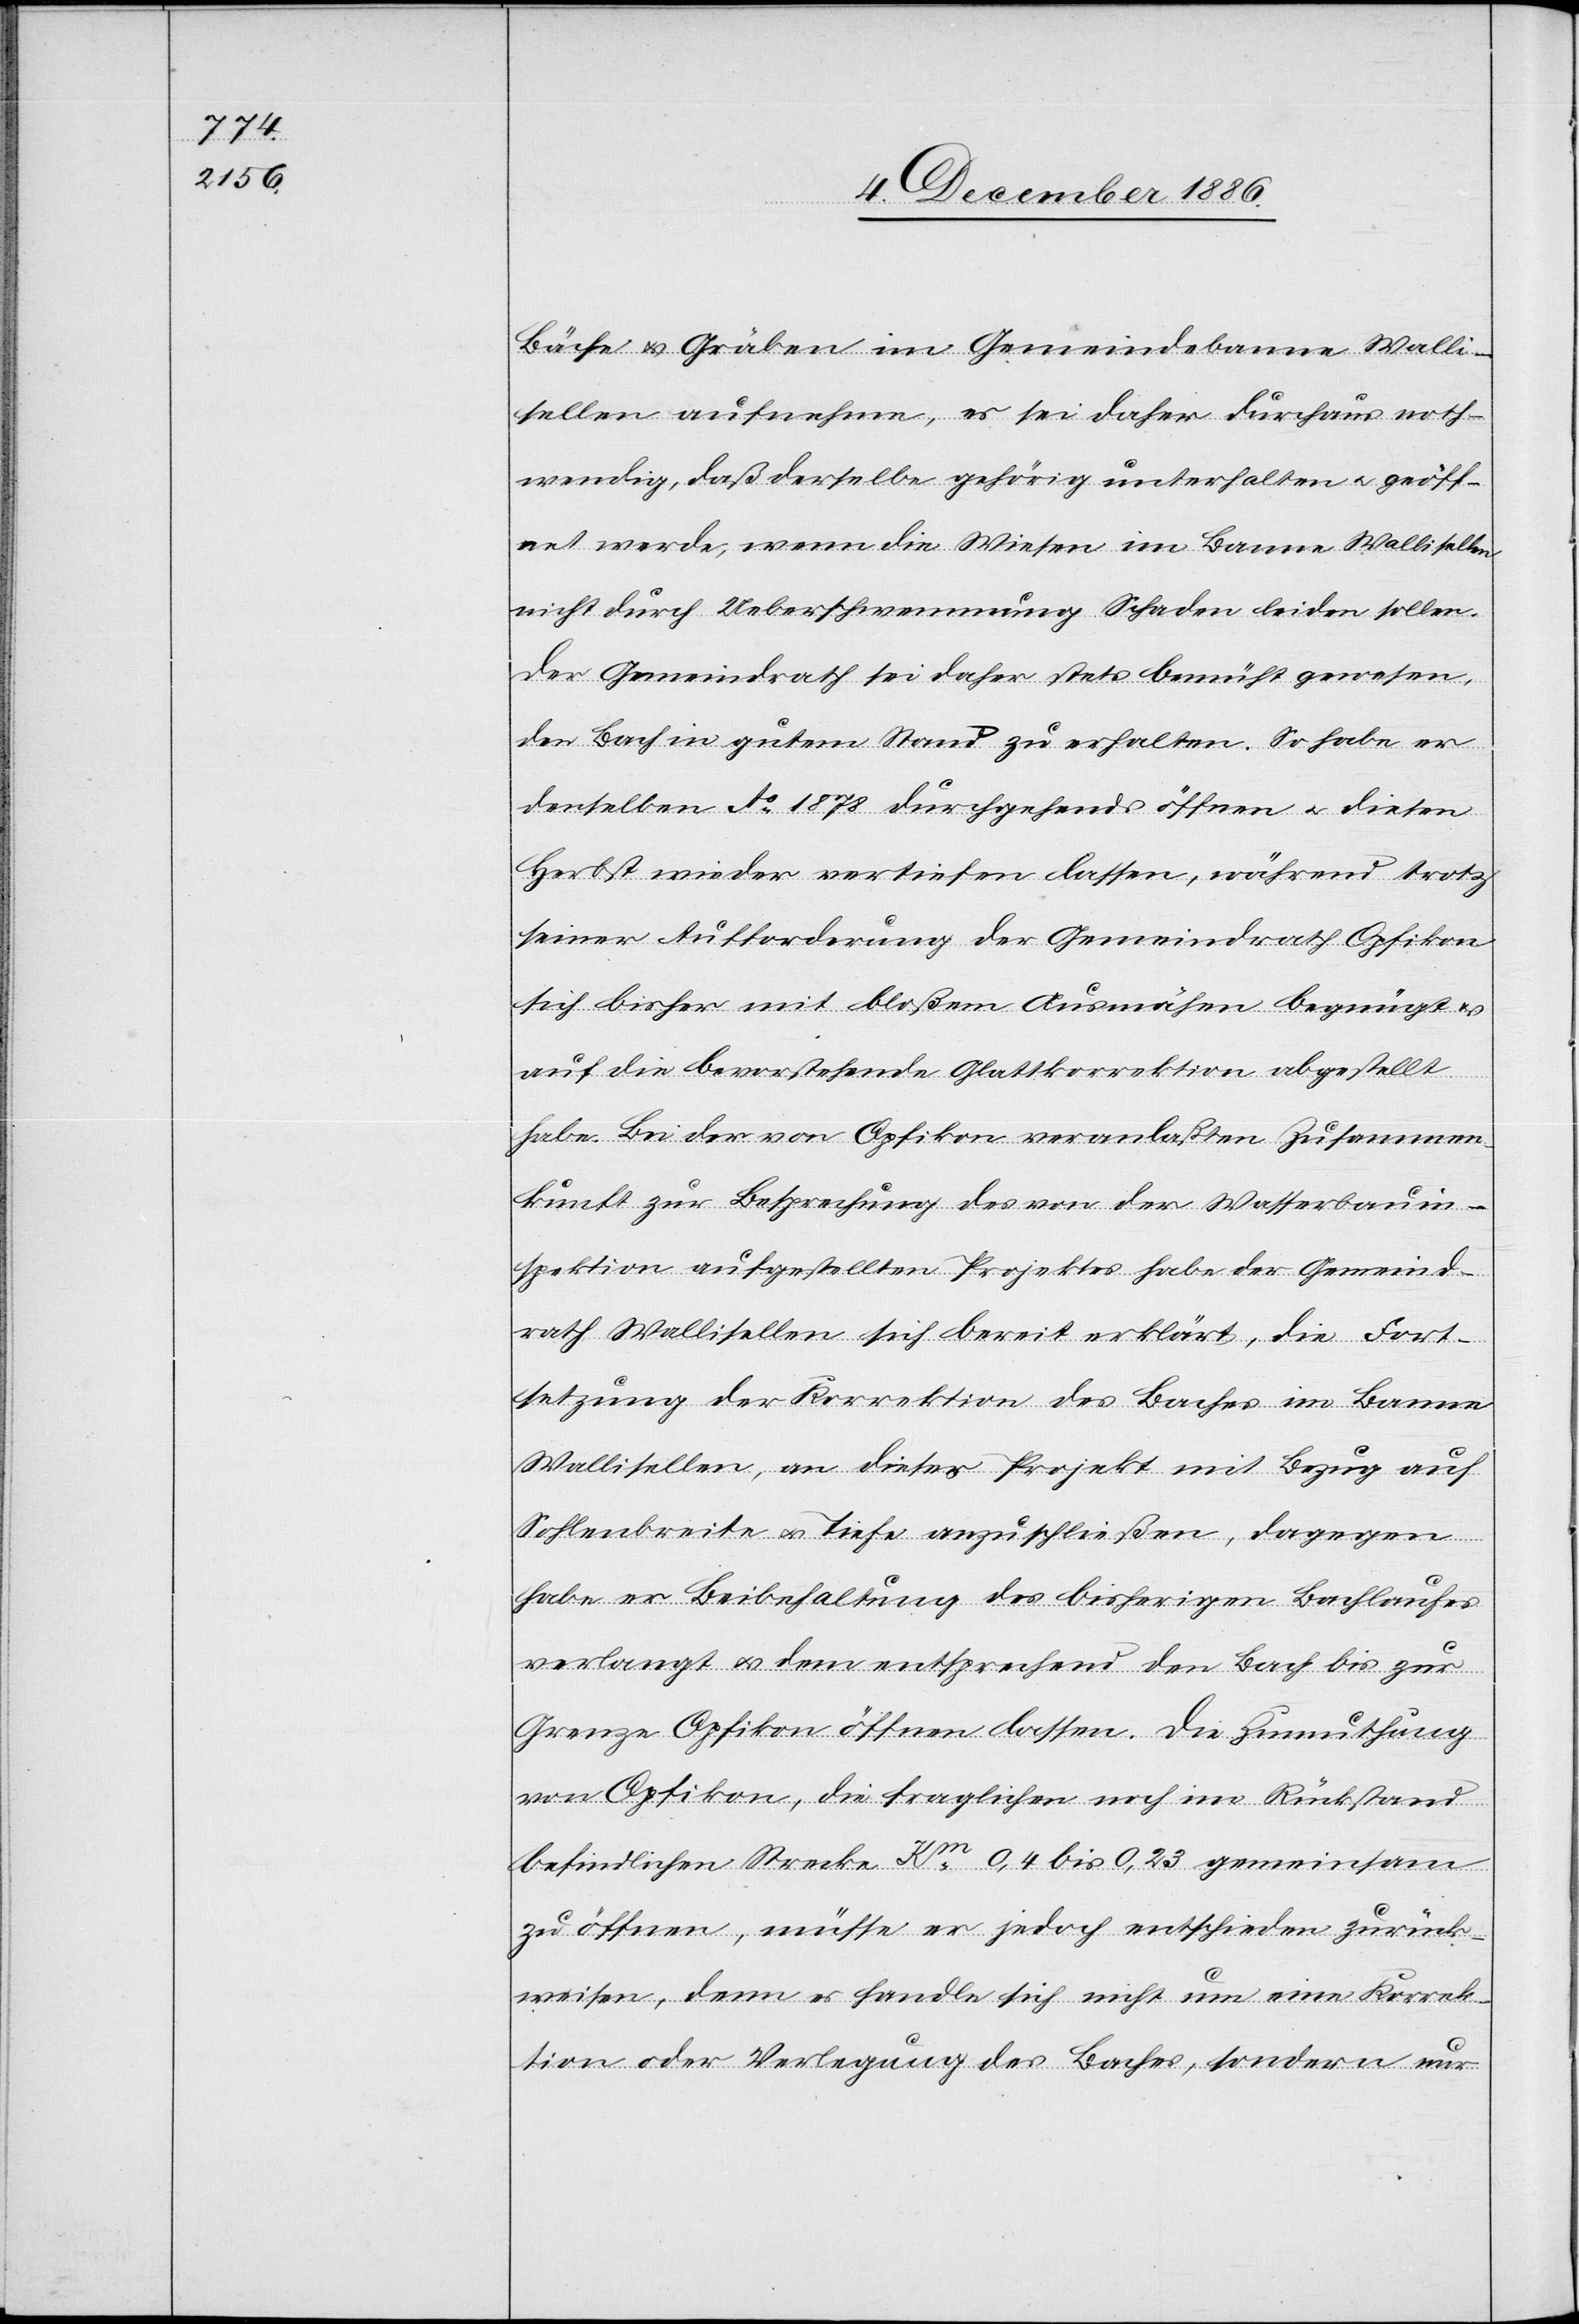
Bäche & Gräben im Gemeindebanne Walli¬
sellen aufnehme, es sei daher durchaus noth¬
wendig, daß derselbe gehörig unterhalten & geöff¬
net werde, wenn die Wiesen im Banne Wallisellen
nicht durch Überschwemmung Schaden leiden sollen.
Der Gemeindrath sei daher stets bemüht gewesen,
den Bach in gutem Stand zu erhalten. So habe er
denselben Ao 1878 durchgehends öffnen & diesen
Herbst wieder vertiefen lassen, während trotz
seiner Aufforderung der Gemeindrath Opfikon
sich bisher mit bloßem Ausmähen begnügt
auf die bevorstehende Glattkorrektion abgestellt
habe. Bei der von Opfikon veranlaßten Zusammen¬
kunft zur Besprechung des von der Wasserbauin¬
spektion aufgestellten Projektes habe der Gemeind¬
rath Wallisellen sich bereit erklärt, die Fort¬
setzung der Korrektion des Baches im Banne
Wallisellen, an dieses Projekt mit Bezug auf
Sohlenbreite & Tiefe anzuschließen, dagegen
habe er Beibehaltung des bisherigen Bachlaufes
verlangt & dementsprechend den Bach bis zur
Grenze Opfikon öffnen lassen. Die Zumuthung
von Opfikon, die fraglichen [sic!] noch im Rückstand
befindlichen Strecke Km 0,4 bis 0,23 gemeinsam
zu öffnen, müsse er jedoch entschieden zurück¬
weisen, denn es handle sich nicht um eine Korrek¬
tion oder Verlegung des Baches, sondern nur